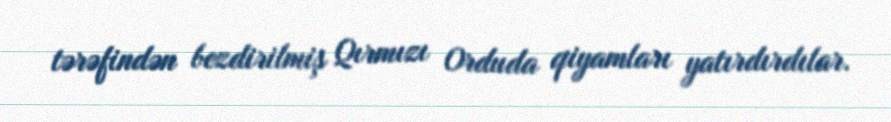
tərəfindən bezdirilmiş Qırmızı Orduda qiyamları yatırdırdılar.